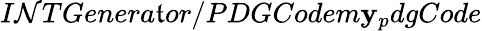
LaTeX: I\mathcal{N}TGenera\mathfrak{t}or/PDGCodem\mathbf{y}_{p}dgCode